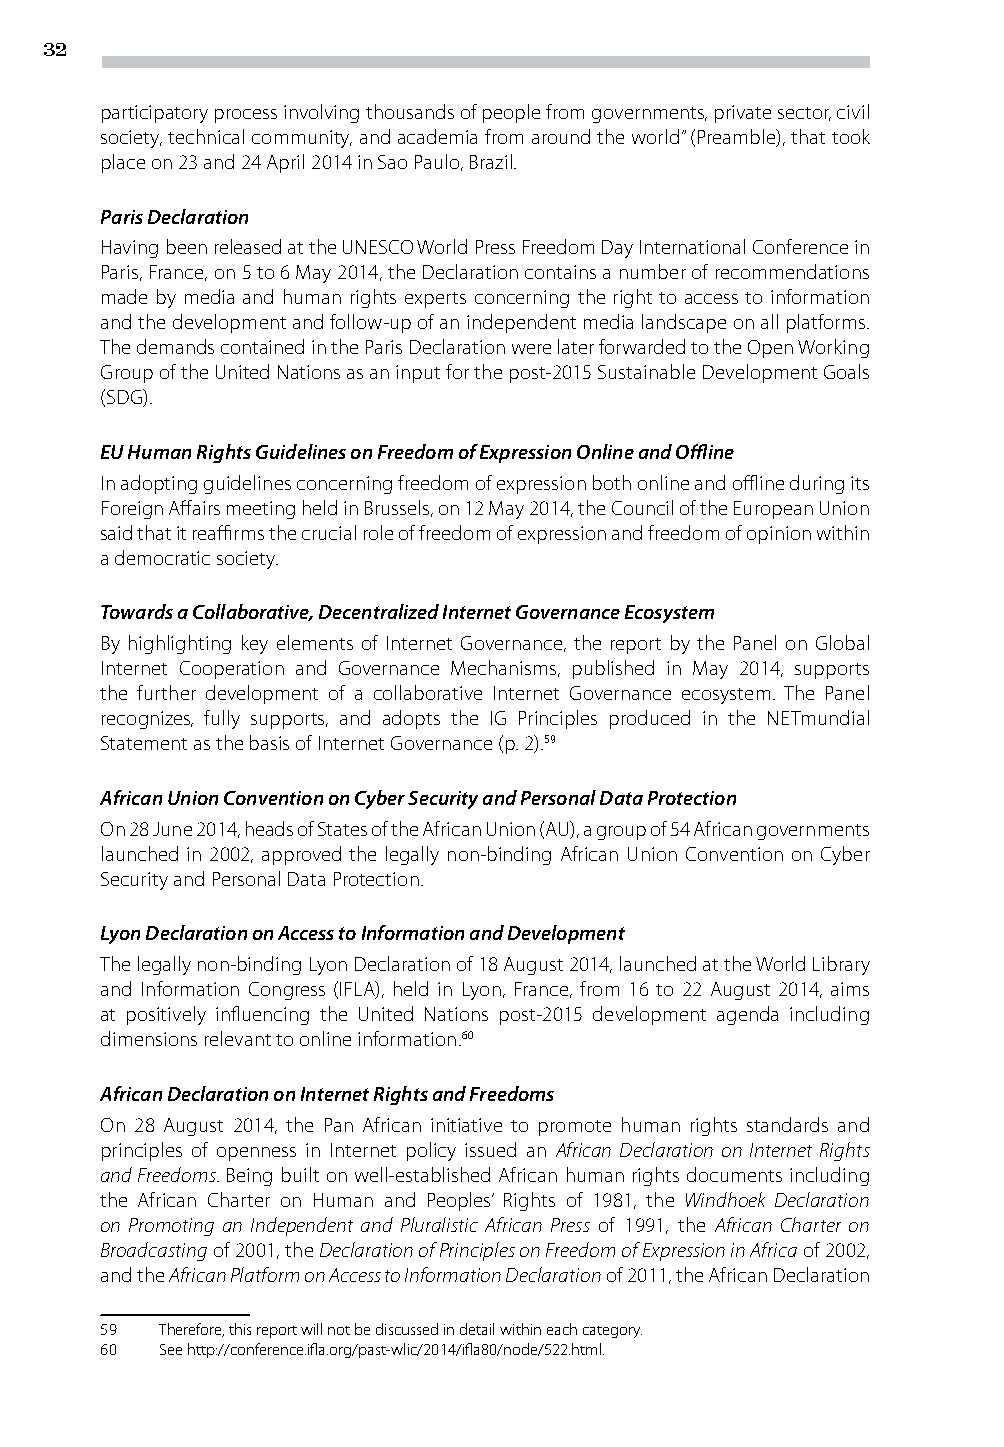
32
 participatory process involving thousands of people from governments, private sector, civil
 society, technical community, and academia from around the world” (Preamble), that took
 place on 23 and 24 April 2014 in Sao Paulo, Brazil.
 Paris Declaration
 Having been released at the UNESCO World Press Freedom Day International Conference in
 Paris, France, on 5 to 6 May 2014, the Declaration contains a number of recommendations
 made by media and human rights experts concerning the right to access to information
 and the development and follow-up of an independent media landscape on all platforms.
 The demands contained in the Paris Declaration were later forwarded to the Open Working
 Group of the United Nations as an input for the post-2015 Sustainable Development Goals
 (SDG).
 EU Human Rights Guidelines on Freedom of Expression Online and Offline
 In adopting guidelines concerning freedom of expression both online and offline during its
 Foreign Affairs meeting held in Brussels, on 12 May 2014, the Council of the European Union
 said that it reaffirms the crucial role of freedom of expression and freedom of opinion within
 a democratic society.
 Towards a Collaborative, Decentralized Internet Governance Ecosystem
 By highlighting key elements of Internet Governance, the report by the Panel on Global
 Internet Cooperation and Governance Mechanisms, published in May 2014, supports
 the further development of a collaborative Internet Governance ecosystem. The Panel
 recognizes, fully supports, and adopts the IG Principles produced in the NETmundial
 Statement as the basis of Internet Governance (p. 2).59
 African Union Convention on Cyber Security and Personal Data Protection
 On 28 June 2014, heads of States of the African Union (AU), a group of 54 African governments
 launched in 2002, approved the legally non-binding African Union Convention on Cyber
 Security and Personal Data Protection.
 Lyon Declaration on Access to Information and Development
 The legally non-binding Lyon Declaration of 18 August 2014, launched at the World Library
 and Information Congress (IFLA), held in Lyon, France, from 16 to 22 August 2014, aims
 at positively influencing the United Nations post-2015 development agenda including
 dimensions relevant to online information.60
 African Declaration on Internet Rights and Freedoms
 On 28 August 2014, the Pan African initiative to promote human rights standards and
 principles of openness in Internet policy issued an African Declaration on Internet Rights
 and Freedoms. Being built on well-established African human rights documents including
 the African Charter on Human and Peoples’ Rights of 1981, the Windhoek Declaration
 on Promoting an Independent and Pluralistic African Press of 1991, the African Charter on
 Broadcasting of 2001, the Declaration of Principles on Freedom of Expression in Africa of 2002,
 and the African Platform on Access to Information Declaration of 2011, the African Declaration
 59  Therefore, this report will not be discussed in detail within each category.
 60  See http://conference.ifla.org/past-wlic/2014/ifla80/node/522.html.